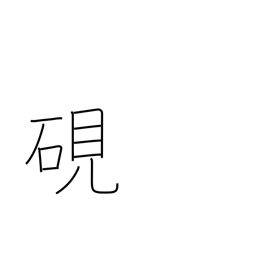
Meaning: inkstone